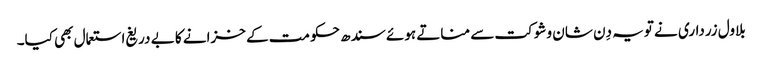
بلاول زرداری نے تویہ دِن شان وشوکت سے مناتے ہوئے سندھ حکومت کے خزانے کا بے دریغ استعمال بھی کیا۔